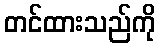
တင်ထားသည်ကို